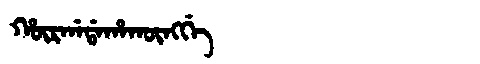
Manchu: ᡥᡡᡵᡤᠠᡩᠠᡥᠠᡴᡡᠩᡤᡝ
Romanization: HŪRGADAHAKŪNGGE